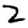
Digit: 2